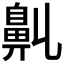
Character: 𪖑